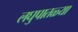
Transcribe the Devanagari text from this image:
लघुपातळ्या